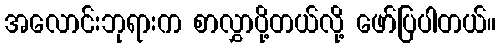
အလောင်းဘုရားက စာလွှာပို့တယ်လို့ ဖော်ပြပါတယ်။